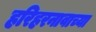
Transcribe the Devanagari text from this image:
हरिहरनावाच्या